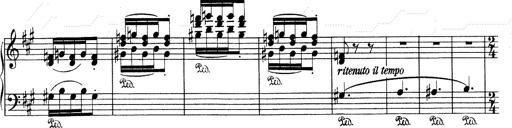
Title: Mephisto Waltz No.1
Composer: Franz Liszt